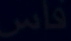
قاس